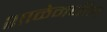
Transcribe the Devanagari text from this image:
शाळेमधील